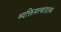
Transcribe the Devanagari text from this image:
व्यक्तिमत्त्वांइतकं